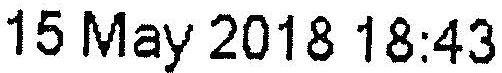
15 MAY 2018 18:43